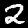
Digit: 2